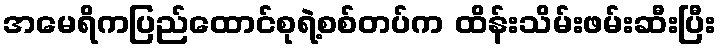
အမေရိကပြည်ထောင်စုရဲ့စစ်တပ်က ထိန်းသိမ်းဖမ်းဆီးပြီး